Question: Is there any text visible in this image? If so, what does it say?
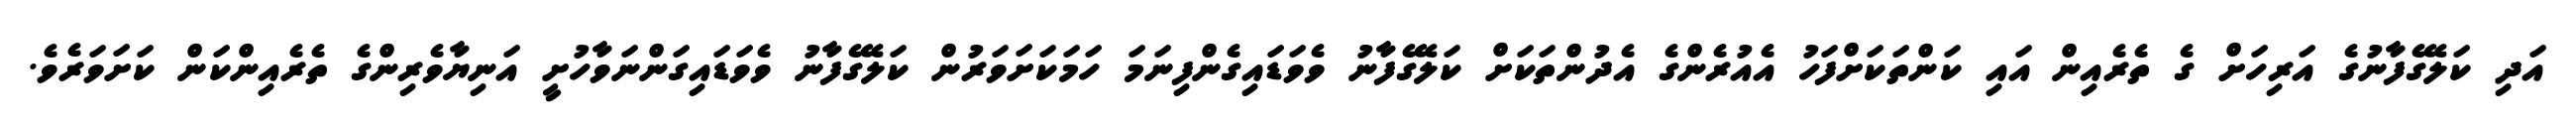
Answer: އަދި ކަލޭގެފާނުގެ އަރިހަށް ގެ ތެރެއިން އައި ކަންތަކަށްފަހު އެއުރެންގެ އެދުންތަކަށް ކަލޭގެފާނު ވެވަޑައިގެންފިނަމަ ހަމަކަށަވަރުން ކަލޭގެފާނު ވެވަޑައިގަންނަވާހުށީ އަނިޔާވެރިންގެ ތެރެއިންކަން ކަށަވަރެވެ.